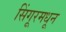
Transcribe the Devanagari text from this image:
सिंगूरमधून